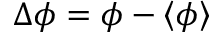
\Delta \phi = \phi - \left\langle \phi \right\rangle